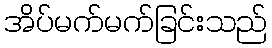
အိပ်မက်မက်ခြင်းသည်